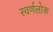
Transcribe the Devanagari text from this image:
स्वर्णलोक